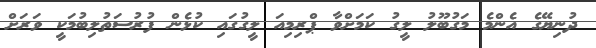
ދުނިޔޭގެ އެންމެ މަގުބޫލު ލީގު ކަމަށްވާ ޕްރިމިއަ ލީގުގައި ކުޅެން ފުރުސަތުލިބުމަކީ ވަރަށް